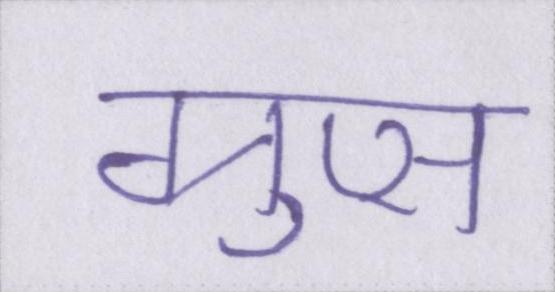
ग्रुप्स